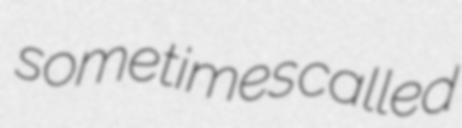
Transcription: sometimes called